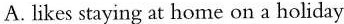
A. Likes staying at home on a holiday